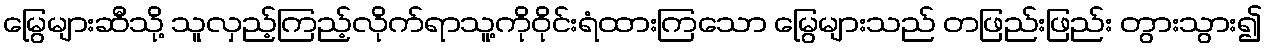
မြွေများဆီသို့ သူလှည့်ကြည့်လိုက်ရာသူ့ကိုဝိုင်းရံထားကြသော မြွေများသည် တဖြည်းဖြည်း တွားသွား၍